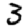
Digit: 3